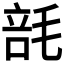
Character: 𰚢